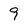
Character: 9